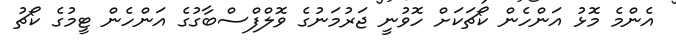
އެންމެ މޮޅު އަންހެން ކޯޗަކަށް ހޮވުނީ ޖަރުމަނުގެ ވޮލްފްސްބާގުގެ އަންހެން ޓީމުގެ ކޯޗު